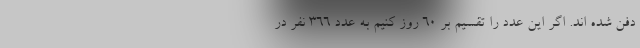
دفن شده اند. اگر این عدد را تقسیم بر 60 روز کنیم به عدد 366 نفر در